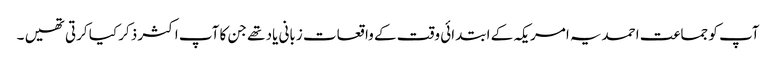
آپ کو جماعت احمدیہ امریکہ کے ابتدائی وقت کے واقعات زبانی یاد تھے جن کا آپ اکثر ذکر کیا کرتی تھیں ۔